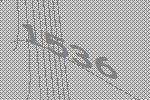
1536